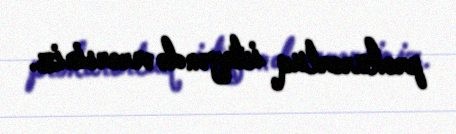
prokurorluq istəyəndə verərsiniz.